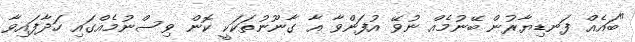
"ބައެއް ފަނޑިޔާރުން ބޭނުމެއް ނުވޭ އުފަންވާ އާ ގާނޫނުތަކަކީ ކޮން ވިސްނުމެއްގައި ހަދާފައިވާ